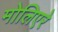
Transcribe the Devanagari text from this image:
मोलिएरे